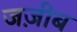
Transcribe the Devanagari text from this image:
जज़ीब